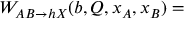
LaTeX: W _ { A B \rightarrow h X } ( b , Q , x _ { A } , x _ { B } ) =